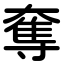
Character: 奪